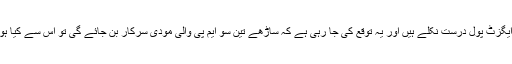
اگر ایگزٹ پول درست نکلے ہیں اور یہ توقع کی جا رہی ہے کہ ساڑھے تین سو ایم پی والی مودی سرکار بن جائے گی تو اس سے کیا ہو گا؟